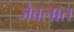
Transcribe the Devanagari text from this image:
जेवलात